Punjab Mental Hospital Lahore 1922-31 - 1922-1931
Year: 1922
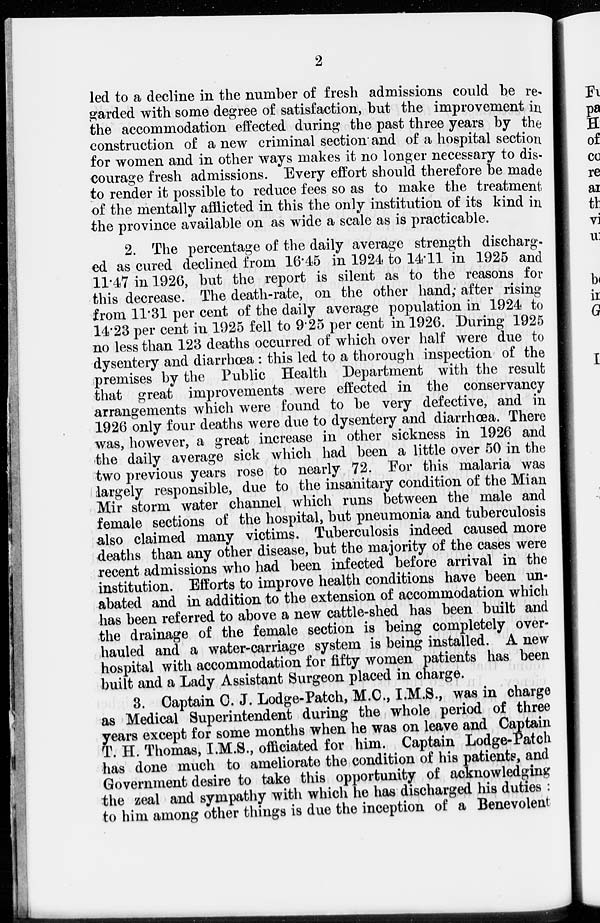
2
led to a decline in the number of fresh admissions could be re-
garded with some degree of satisfaction, but the improvement in
the accommodation effected during the past three years by the
construction of a new criminal section and of a hospital section
for women and in other ways makes it no longer necessary to dis-
courage fresh admissions. Every effort should therefore be made
to render it possible to reduce fees so as to make the treatment
of the mentally afflicted in this the only institution of its kind in
the province available on as wide a scale as is practicable.
2. The percentage of the daily average strength discharg-
ed as cured declined from 16.45 in 1924 to 14.11 in 1925 and
11.47 in 1926, but the report is silent as to the reasons for
this decrease. The death-rate, on the other hand; after rising
from 11.31 per cent of the daily average population in 1924 to
14.23 per cent in 1925 fell to 9.25 per cent in 1926. During 1925
no less than 123 deaths occurred of which over half were due to
dysentery and diarrhœa : this led to a thorough inspection of the
premises by the Public Health Department with the result
that great improvements were effected in the conservancy
arrangements which were found to be very defective, and in
1926 only four deaths were due to dysentery and diarrhœa. There
was, however, a great increase in other sickness in 1926 and
the daily average sick which had been a little over 50 in the
two previous years rose to nearly 72. For this malaria was
largely responsible, due to the insanitary condition of the Mian
Mir storm water channel which runs between the male and
female sections of the hospital, but pneumonia and tuberculosis
also claimed many victims. Tuberculosis indeed caused more
deaths than any other disease, but the majority of the cases were
recent admissions who had been infected before arrival in the
institution. Efforts to improve health conditions have been un-
abated and in addition to the extension of accommodation which
has been referred to above a new cattle-shed has been built and
the drainage of the female section is being completely over-
hauled and a water-carriage system is being installed. A new
hospital with accommodation for fifty women patients has been
built and a Lady Assistant Surgeon placed in charge.
3. Captain C. J. Lodge-Patch, M.C., I.M.S., was in charge
as Medical Superintendent during the whole period of three
years except for some months when he was on leave and Captain
T. H. Thomas, I.M.S., officiated for him. Captain Lodge-Patch
has done much to ameliorate the condition of his patients, and
Government desire to take this opportunity of acknowledging
the zeal and sympathy with which he has discharged his duties:
to him among other things is due the inception of a Benevolent